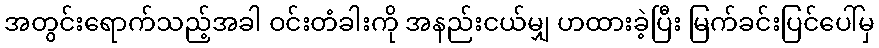
အတွင်းရောက်သည့်အခါ ဝင်းတံခါးကို အနည်းငယ်မျှ ဟထားခဲ့ပြီး မြက်ခင်းပြင်ပေါ်မှ